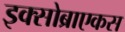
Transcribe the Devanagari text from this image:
इक्सोब्राएकस